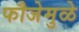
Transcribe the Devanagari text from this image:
फौजेमुळे